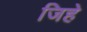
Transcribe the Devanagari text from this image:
जिहे